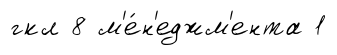
гкл 8 м'е́н'еджм'ента 1